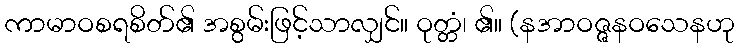
ကာမာဝစရစိတ်၏ အစွမ်းဖြင့်သာလျှင်။ ဝုတ္တံ၊ ၏။ (နအာဝဇ္ဇနဝသေနဟု